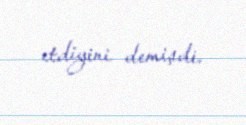
etdiyini demişdi.